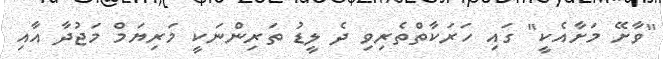
"ވާށޭ މަށާއެކީ" ގައި ހަރަކާތްތެރިވި ދެ ލީޑު ތަރިންނަކީ މަރިޔަމް މަޖުދާ އާއި